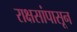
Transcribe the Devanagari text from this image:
राक्षसांपासून